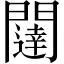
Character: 闥